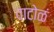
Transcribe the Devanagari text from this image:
वाटोळं